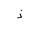
Letter: _thal